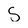
Character: S